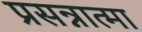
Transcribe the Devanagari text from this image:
प्रसन्नात्मा